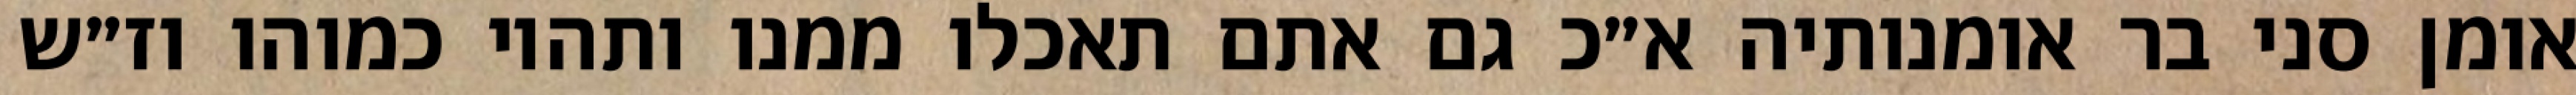
אומן סני בר אומנותיה א״כ גם אתם תאכלו ממנו ותהיו כמוהו וז״ש